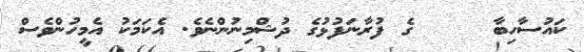
ކައުސާހިބާ     ގެ ފުރާނަފުޅުގެ ދުޝްމިނުންނެވެ. އެކަމަކު އެމީހުންވެސް